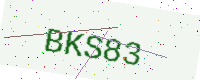
Text: BKS83